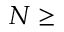
N \geq